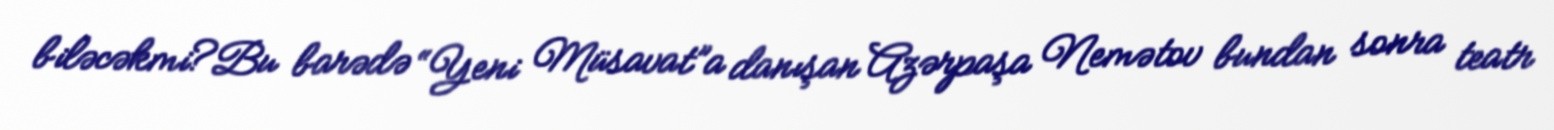
biləcəkmi?Bu barədə “Yeni Müsavat”a danışan Azərpaşa Nemətov bundan sonra teatr